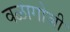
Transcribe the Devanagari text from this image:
वळागोञी